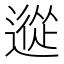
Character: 䢨